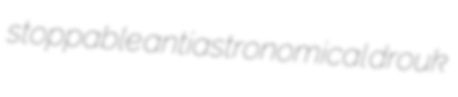
stoppable antiastronomical drouk